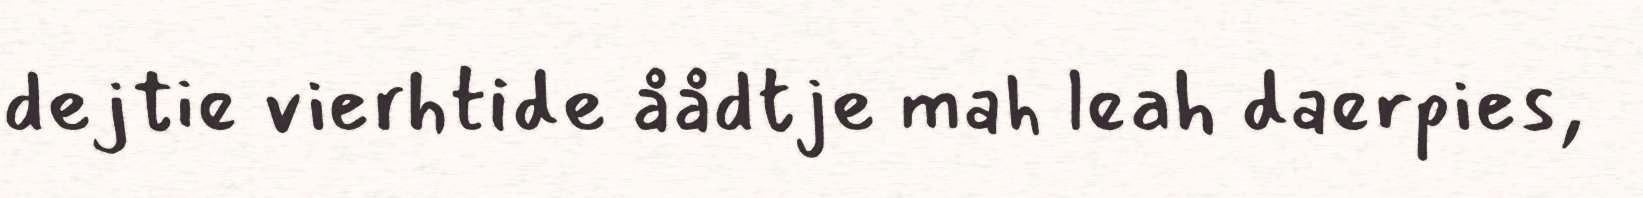
dejtie vierhtide åådtje mah leah daerpies,